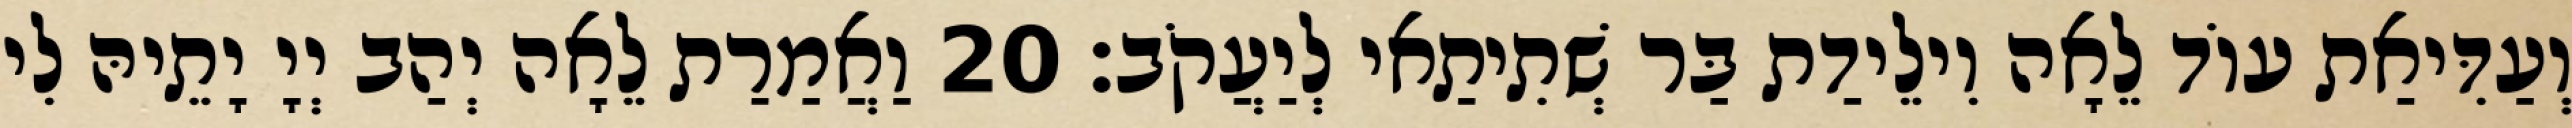
וְעַדִּיאַת עוֹד לֵאָה וִילֵידַת בַּר שְׁתִיתַאי לְיַעֲקֹב׃ 20 וַאֲמַרַת לֵאָה יְהַב יְיָ יָתֵיהּ לִי